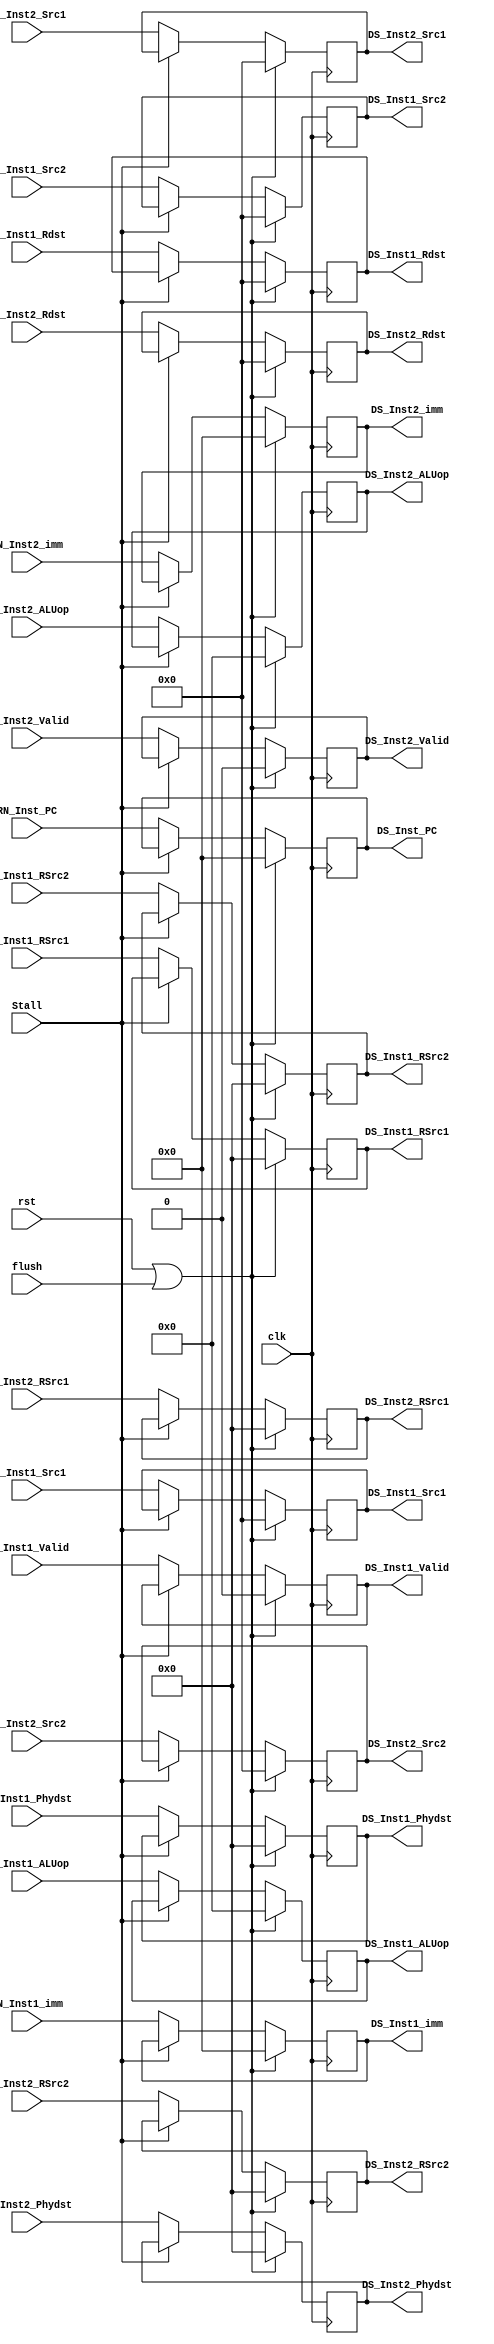
module RN_DS(
input clk,
input flush,
input rst,
input Stall,
input [31:0]RN_Inst_PC,
output reg[31:0]DS_Inst_PC,
//Inst1
input RN_Inst1_Valid,
input [8:0]RN_Inst1_ALUop,
input [4:0]RN_Inst1_Src1,RN_Inst1_Src2,RN_Inst1_Rdst,
input [5:0]RE_Inst1_RSrc1,RE_Inst1_RSrc2,RE_Inst1_Phydst,
input [31:0]RN_Inst1_imm,

output reg DS_Inst1_Valid,
output reg[8:0]DS_Inst1_ALUop,
output reg[4:0]DS_Inst1_Src1,DS_Inst1_Src2,DS_Inst1_Rdst,
output reg[5:0]DS_Inst1_RSrc1,DS_Inst1_RSrc2,DS_Inst1_Phydst,
output reg[31:0]DS_Inst1_imm,

//Inst2
input RN_Inst2_Valid,
input [8:0]RN_Inst2_ALUop,
input [4:0]RN_Inst2_Src1,RN_Inst2_Src2,RN_Inst2_Rdst,
input [5:0]RE_Inst2_RSrc1,RE_Inst2_RSrc2,RE_Inst2_Phydst,
input [31:0]RN_Inst2_imm,

output reg DS_Inst2_Valid,
output reg[8:0]DS_Inst2_ALUop,
output reg[4:0]DS_Inst2_Src1,DS_Inst2_Src2,DS_Inst2_Rdst,
output reg[5:0]DS_Inst2_RSrc1,DS_Inst2_RSrc2,DS_Inst2_Phydst,
output reg[31:0]DS_Inst2_imm


);
always@(posedge clk)begin
	if(rst|flush)
		DS_Inst_PC<=32'd0;
	else if(!Stall)
		DS_Inst_PC<=RN_Inst_PC;
end



always@(posedge clk) begin
	if(rst|flush)begin
		DS_Inst1_ALUop <= 9'd0;
		DS_Inst1_Src1  <= 5'd0;
		DS_Inst1_Src2  <= 5'd0;
		DS_Inst1_Rdst  <= 5'd0;
		DS_Inst1_RSrc1 <= 6'd0;
		DS_Inst1_RSrc2 <= 6'd0;
		DS_Inst1_Phydst<= 6'd0;
		DS_Inst1_imm   <=32'd0;
		DS_Inst1_Valid <= 1'b0;
		end
	else if(!Stall) begin
		DS_Inst1_ALUop <= RN_Inst1_ALUop;
		DS_Inst1_Src1  <= RN_Inst1_Src1;
		DS_Inst1_Src2  <= RN_Inst1_Src2;
		DS_Inst1_Rdst  <= RN_Inst1_Rdst;
		DS_Inst1_RSrc1 <= RE_Inst1_RSrc1;
		DS_Inst1_RSrc2 <= RE_Inst1_RSrc2;
		DS_Inst1_Phydst<= RE_Inst1_Phydst;
		DS_Inst1_imm   <= RN_Inst1_imm;
		DS_Inst1_Valid <= RN_Inst1_Valid;
		end
end


always@(posedge clk) begin
	if(rst|flush)begin
		DS_Inst2_ALUop <= 9'd0;
		DS_Inst2_Src1  <= 5'd0;
		DS_Inst2_Src2  <= 5'd0;
		DS_Inst2_Rdst  <= 5'd0;
		DS_Inst2_RSrc1 <= 6'd0;
		DS_Inst2_RSrc2 <= 6'd0;
		DS_Inst2_Phydst<= 6'd0;
		DS_Inst2_imm   <=32'd0;
		DS_Inst2_Valid <= 1'b0;
		end
	else if(!Stall) begin
		DS_Inst2_ALUop <= RN_Inst2_ALUop;
		DS_Inst2_Src1  <= RN_Inst2_Src1;
		DS_Inst2_Src2  <= RN_Inst2_Src2;
		DS_Inst2_Rdst  <= RN_Inst2_Rdst;
		DS_Inst2_RSrc1 <= RE_Inst2_RSrc1;
		DS_Inst2_RSrc2 <= RE_Inst2_RSrc2;
		DS_Inst2_Phydst<= RE_Inst2_Phydst;
		DS_Inst2_imm   <= RN_Inst2_imm;
		DS_Inst2_Valid <= RN_Inst2_Valid;
		end
end


endmodule